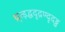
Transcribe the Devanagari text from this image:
थ्र्त्ड़द्धदृद्रण्दृदड्ढ